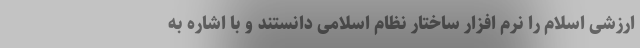
ارزشی اسلام را نرم افزارِ ساختار نظام اسلامی دانستند و با اشاره به